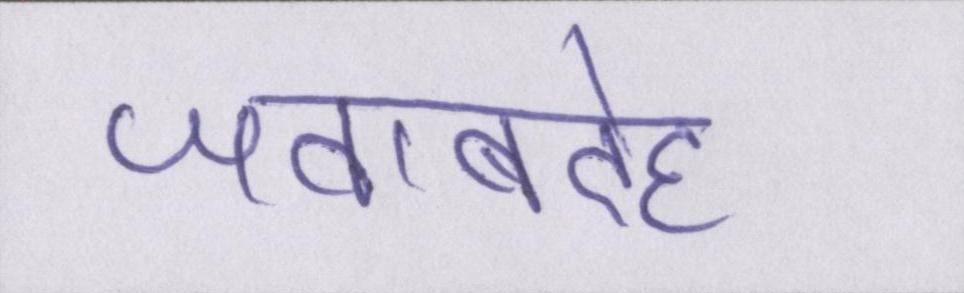
जवाबदेह